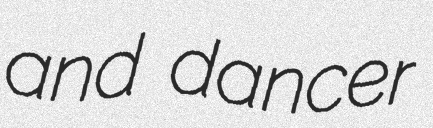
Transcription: and dancer